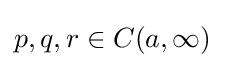
p,q,r\in C(a,\infty )